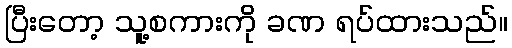
ပြီးတော့ သူ့စကားကို ခဏ ရပ်ထားသည်။